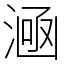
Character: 㴠